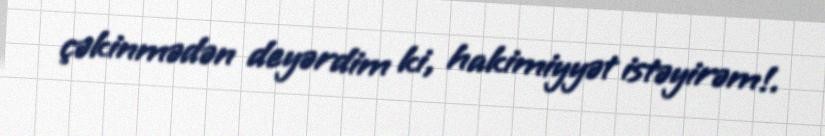
çəkinmədən deyərdim ki, hakimiyyət istəyirəm!.